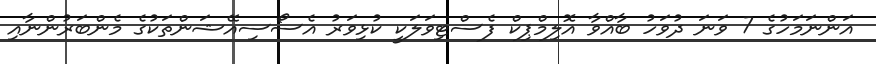
އަންނަމަހުގެ 7 ވަނަ ދުވަހު ބާއްވާ އޮލިމްޕިކް ފެސްޓިވަލަކީ ކުޅިވަރު އެސޯސިއޭޝަންތަކުގެ މެންބަރުންނާއި